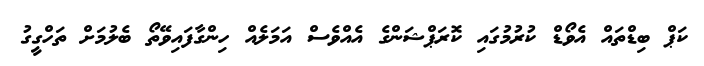
ކަޕް ބިޑްތައް އެވޯޑް ކުރުމުގައި ކޮރަޕްޝަންގެ އެއްވެސް އަމަލެއް ހިންގާފައިވޭތޯ ބެލުމަށް ތަހްގީގު